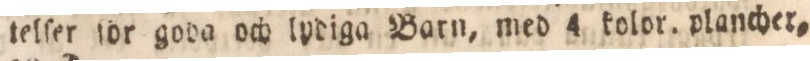
telſer för goda och lydiga Barn, med 4 kolor. plancher,